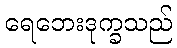
ရေဘေးဒုက္ခသည်